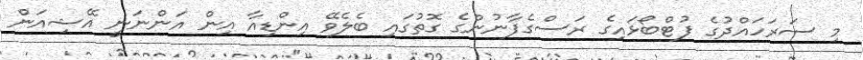
މި ސަރަހައްދުގެ ފުޓްބޯޅައިގެ ރަސްގެފާނުންގެ ގޮތުގައި ބެލެވޭ އިންޑިއާ އިން އަންނަނީ އޭޝިއަން